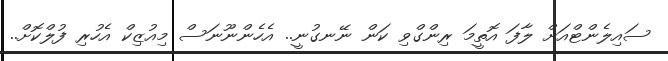
ސައިލެންޓްއަށް ލާފަ އޮތީމަ ރިންގްވި ކަން ނޭނގުނީ.. އެހެންނޫނަސް މިއުޒިކް އެހުރި ފުލްކޮށް..